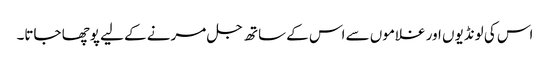
اس کی لونڈیوں اور غلاموں سے اس کے ساتھ جل مرنے کے لیے پوچھا جاتا۔